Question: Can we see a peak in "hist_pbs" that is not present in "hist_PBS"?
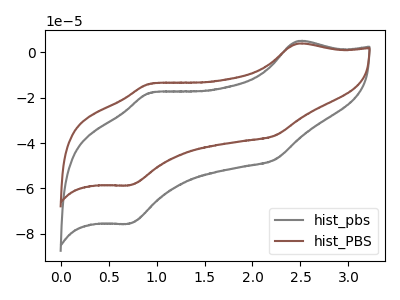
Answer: <think>The gray curve "hist_pbs" has anodic peaks at (2.45V, 4.90uA) (0.95V, -17.80uA) and cathodic peaks at (2.25V, -47.35uA) (0.70V, -75.60uA). The brown curve "hist_PBS" has anodic peaks at (2.45V, 3.80uA) (0.95V, -13.80uA) and cathodic peaks at (2.25V, -36.75uA) (0.70V, -58.65uA).
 All the peaks in "hist_pbs" have a peak in "hist_PBS" at the same potential.</think>
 <answer>No, "hist_pbs" and "hist_PBS" don't appear to be significantly different in shape</answer>
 <eval>no_change</eval>